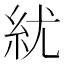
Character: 紌